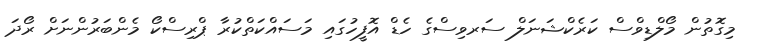
މިގޮތުން މޯލްޑިވްސް ކަރެކްޝަނަލް ސަރވިސްގެ ހެޑް އޮފީހުގައި މަސައްކަތްކުރާ ޕްރިސްކޯ މެންބަރުންނަށް ރޯދަ